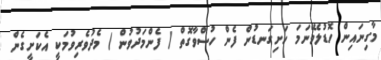
މާގިނައިން ހޮޑުލެވޭނަމަ ހަށިގަނޑުން ފެން ހުސްވާގޮތް ( ފެންމަދުވުން ) މެދުވެރިވުމަކީ އެކަށީގެން